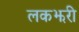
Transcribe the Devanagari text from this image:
लकझरी